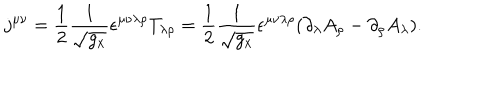
LaTeX: j ^ { \mu \nu } = \frac 1 2 \frac 1 { \sqrt { g _ { x } } } \epsilon ^ { \mu \nu \lambda \rho } T _ { \lambda \rho } = \frac 1 2 \frac 1 { \sqrt { g _ { x } } } \epsilon ^ { \mu \nu \lambda \rho } ( \partial _ { \lambda } A _ { \rho } - \partial _ { \rho } A _ { \lambda } ) .